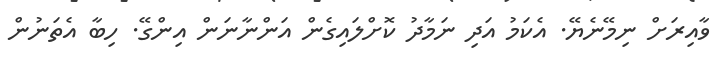
ވާއިރަށް ނިމޭނެޔޭ. އެކަމު އަދި ނަމާދު ކޮށްލައިގެން އަންނާނަން އިންގޭ. ހިބާ އެތަނުން